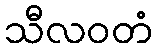
သီလဝတံ